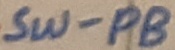
Text: SW-PB